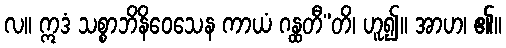
လ။ ဣဒံ သစ္စာဘိနိဝေသေန ကာယံ ဂန္ထတီ”တိ၊ ဟူ၍။ အာဟ၊ ၏။